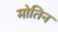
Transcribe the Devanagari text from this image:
मोतिन